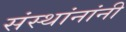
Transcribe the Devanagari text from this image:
संस्थांनांनी